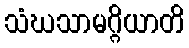
သံဃသာမဂ္ဂိယာတိ